Sketch of the medical history of the native army of Bombay, for the year
Year: 1875
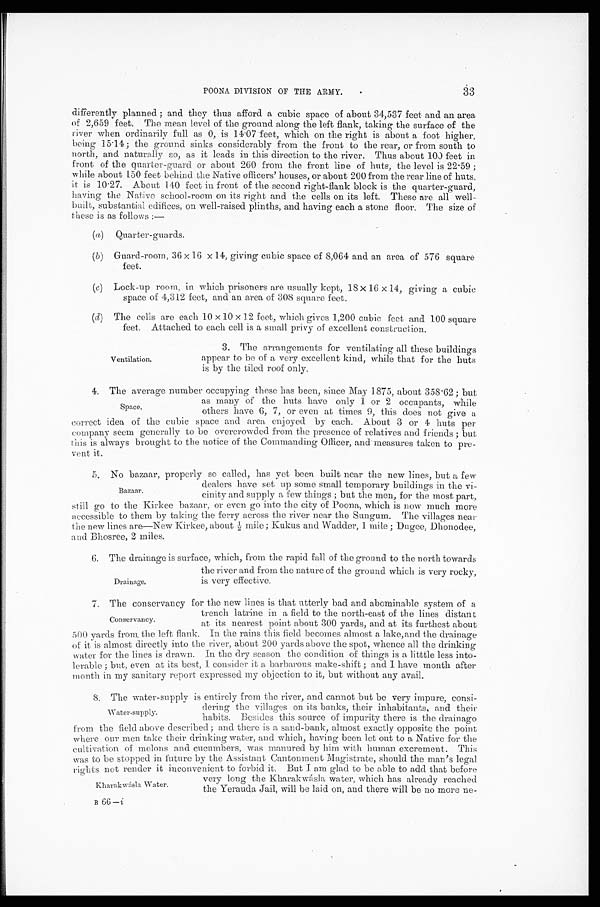
33
POONA DIVISION OF THE ARMY.
differently planned ; and they thus afford a cubic space of about 34,537 feet and an area
of 2,659 feet. The mean level of the ground along the left flank, taking the surface of the
river when ordinarily full as 0, is 14.07 feet, which on the right is about a foot higher,
being 15.14 ; the ground sinks considerably from the front to the rear, or from south to
north, and naturally so, as it leads in this direction to the river. Thus about 100 feet in
front of the quarter-guard or about 260 from the front line of huts, the level is 22.59;
while about 150 feet behind. the Native officers' houses, or about 200 from the rear line of huts,
it is 10.27. About 140 feet in front of the second right-flank block is the quarter-guard,
having the Native school-room on its right and the cells on its left. These are all well
-built, substantial edifices, on well-raised plinths, and having each a stone floor. The size of
these is as follows :—
(a) Quarter-guards.
(b) Guard-room, 36 х 16 х 14, giving cubic space of 8,064 and an area of 576 square
feet.
(c) Lock-up room, in which prisoners are usually kept, 18 х 16 х 14, giving a cubic
space of 4,312 feet, and an area of 308 square feet.
(d) The cells are each 10 х 10 х 12 feet, which gives 1,200 cubic feet and 100 square
feet. Attached to each cell is a small privy of e х cellent construction.
Ventilation.
3. The arrangements for ventilating all these buildings
appear to be of a very eх cellent kind, while that for the huts
is by the tiled roof only.
4. The average number occupying these has been, since May 1875, about 358.62; but
as many of the huts have only 1. or 2 occupants, while
others have 6, 7, or even at times 9, this does not give a
correct idea of the cubic space and area enjoyed by each. About 3 or 4 huts per
company seem generally to be overcrowded from the presence of relatives and ; but
this is always brought to the notice of the Commanding Officer, and measures taken to pre
-vent it.
5. No bazaar, properly so called, has yet been built near the new lines, but a few
dealers have set up some small temporary buildings in the vi
-friends
cinity and supply a few things ; but the men, for the most part,
still go to the Kirkee bazaar, or even go into the city of Poona, which is now much more
accessible to them by taking the ferry across the river near the Sungum. The villages near
the new lines are—New Kirkee, about ½ mile; Kukus and Wadder, 1 mile; Dugee, Dhonodee,
and Bhosree, 2 miles.
6. The drainage is surface, which, from the rapid fall of the ground to the north towards
the river and from the nature of the ground. which is very rocky,
is very effective.
7. The conservancy for the new lines is that utterly bad and abominable system of a
trench latrine in a field to the north-east of the lines distant
at its nearest point about 300 yards, and at its furthest about
500 yards from, the left flank. In the rains this field becomes almost a lake,and the drainage
of it is almost directly into the river, about 200 yards above the spot, whence all the drinking
water for the lines is drawn. In the dry season the condition of things is a litttle less into-
lerable ; but, even at its best, I consider it a barbarous make-shift ; and 1 have month after
month in my sanitary report e х pressed my objection to it, but without any avail.
8. The water-supply is entirely from the river, and cannot but be very impure, consi
-
dering the villages on its banks, their inhabitants, and their
habits. Besides this source of impurity there is the drainago
from the field above described ; and there is a sand-bank, almost e х actly opposite the point
where our men take their drinking water, and which, having been let out to a Native for the
cultivation of melons and cucumbers, was manured by him with human e х crement. This
was to be stopped in future by the Assistant Cantonment Magistrate, should the man's legal
rights not render it inconvenient to forbid it. But I am glad to be able to add that before
very long the Kharakwásla water, which has already reached
the Yerauda Jail, will be laid on, and there will be no more ne
-
Space.
Bazaar.
Drainage.
Conservancy.
Water-supply.
Kharakwásla Water.
B 6 6 —i